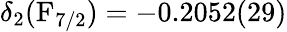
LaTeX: \delta_{2}(\mathrm{F}_{7/2})=-0.2052(29)